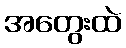
အတွေးထဲ